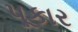
પૂકાર